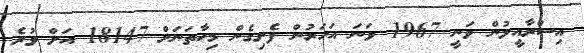
އިސްރާއީލުން ވަނީ 1967 ވަނަ އަހަރުން ފެށިގެން މިހާތަނަށް 18147 އަށް ވުރެ